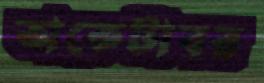
অকেটাবর